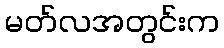
မတ်လအတွင်းက